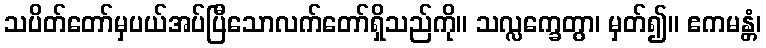
သပိတ်တော်မှပယ်အပ်ပြီသောလက်တော်ရှိသည်ကို။ သလ္လက္ခေတွာ၊ မှတ်၍။ ဧကမန္တံ၊